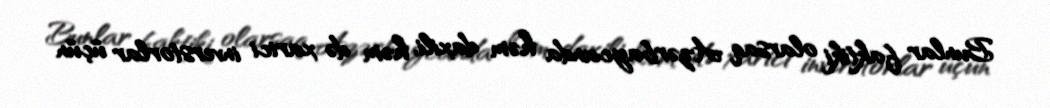
Bunlar faktiki olarsaq Azərbaycanda həm daxili, həm də xarici inverstorlar üçün